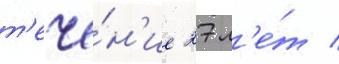
т'ече́н'ие 27 л'е́т /